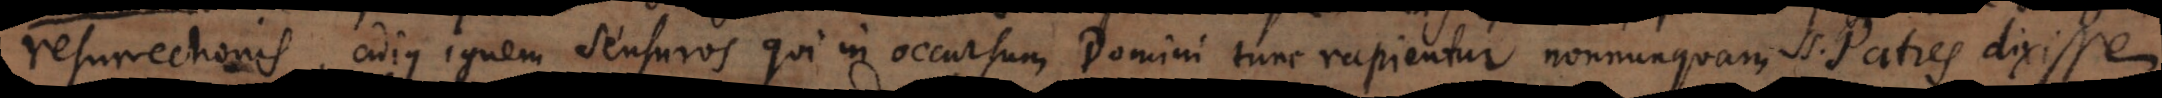
resurrectionis, cujus ignem sensuros qui in occursum Domini tunc rapientur nonnunquam SS. Patres dixisse